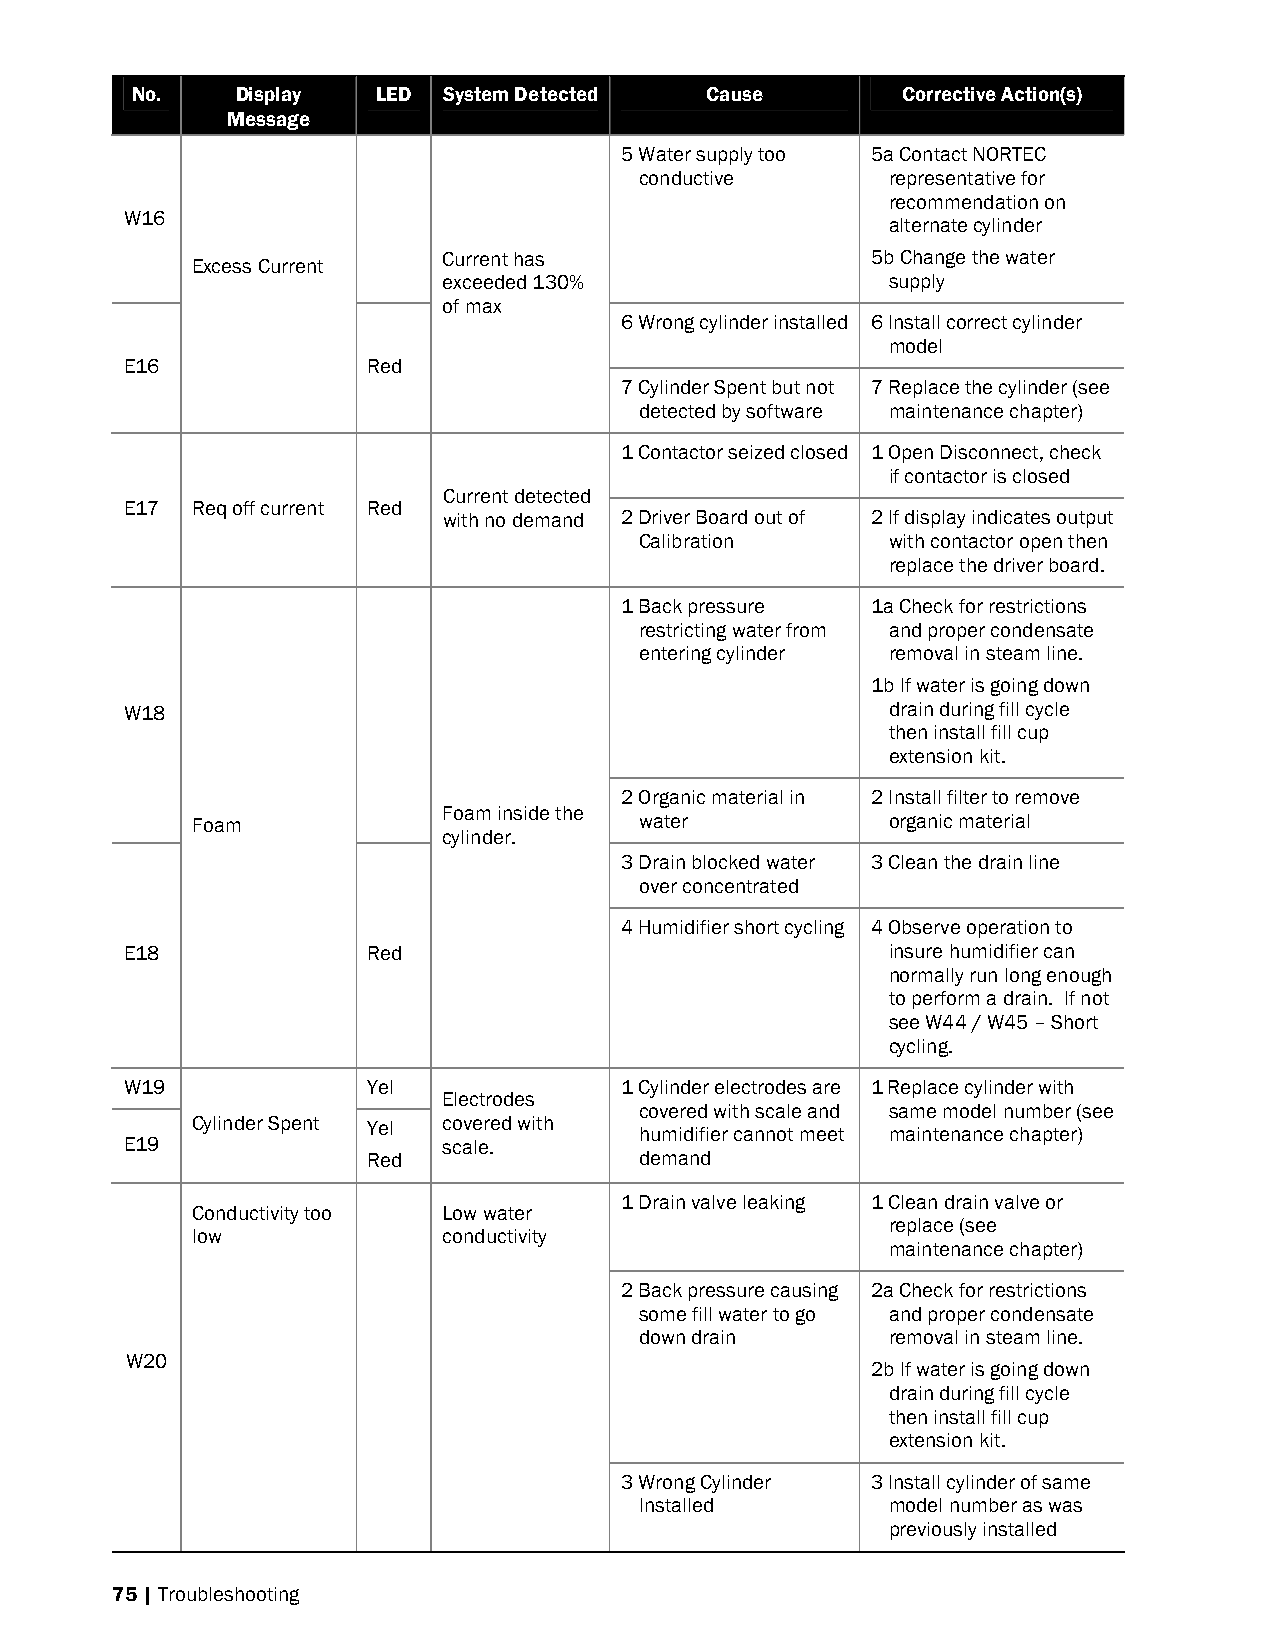
No.    Display  LED System Detected   Cause        Corrective Action(s)
 Message
 5 Water supply too 5a Contact NORTEC
 conductive       representative for
 recommendation on
 W16
 alternate cylinder
 Current has                  5b Change the water
 Excess Current
 exceeded 130%                 supply
 of max
 6 Wrong cylinder installed 6 Install correct cylinder
 model
 E16             Red
 7 Cylinder Spent but not 7 Replace the cylinder (see
 detected by software maintenance chapter)
 1 Contactor seized closed 1 Open Disconnect, check
 if contactor is closed
 Current detected
 E17  Req off current Red
 with no demand 2 Driver Board out of 2 If display indicates output
 Calibration      with contactor open then
 replace the driver board.
 1 Back pressure  1a Check for restrictions
 restricting water from and proper condensate
 entering cylinder removal in steam line.
 1b If water is going down
 W18                                                drain during fill cycle
 then install fill cup
 extension kit.
 2 Organic material in 2 Install filter to remove
 Foam inside the
 Foam                         water            organic material
 cylinder.
 3 Drain blocked water 3 Clean the drain line
 over concentrated
 4 Humidifier short cycling 4 Observe operation to
 E18             Red                                insure humidifier can
 normally run long enough
 to perform a drain. If not
 see W44 / W45 – Short
 cycling.
 W19             Yel              1 Cylinder electrodes are 1 Replace cylinder with
 Electrodes
 covered with scale and same model number (see
 Cylinder Spent Yel covered with humidifier cannot meet maintenance chapter)
 E19                  scale.
 Red               demand
 1 Drain valve leaking 1 Clean drain valve or
 Conductivity too Low water
 replace (see
 low             conductivity
 maintenance chapter)
 2 Back pressure causing 2a Check for restrictions
 some fill water to go and proper condensate
 down drain       removal in steam line.
 W20
 2b If water is going down
 drain during fill cycle
 then install fill cup
 extension kit.
 3 Wrong Cylinder 3 Install cylinder of same
 Installed        model number as was
 previously installed
 75 | Troubleshooting